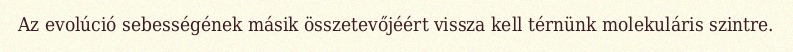
Az evolúció sebességének másik összetevőjéért vissza kell térnünk molekuláris szintre.